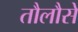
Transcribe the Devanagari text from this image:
तौलौसे